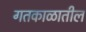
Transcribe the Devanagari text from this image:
गतकाळातील